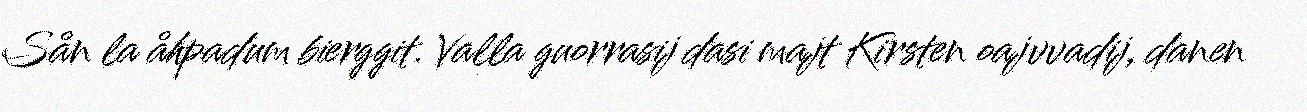
Sån la åhpadum bierggit. Valla guorrasij dasi majt Kirsten oajvvadij, danen